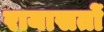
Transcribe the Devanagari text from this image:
रायासतों